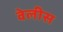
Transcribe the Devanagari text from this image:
वेलीस